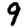
Digit: 9